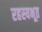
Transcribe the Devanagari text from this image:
रहस्यभूत